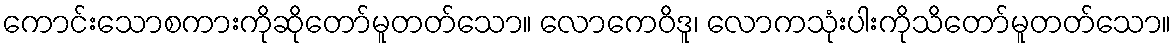
ကောင်းသောစကားကိုဆိုတော်မူတတ်သော။ လောကေဝိဒူ၊ လောကသုံးပါးကိုသိတော်မူတတ်သော။